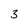
Character: 3